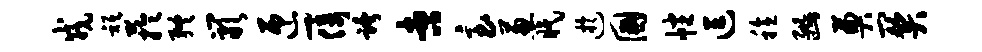
戎只芋终岩匝-倚跨杏急葱眠迂国幡逗稔豳奠关